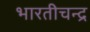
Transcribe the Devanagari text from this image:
भारतीचन्द्र